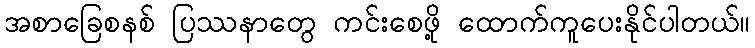
အစာခြေစနစ် ပြဿနာတွေ ကင်းစေဖို့ ထောက်ကူပေးနိုင်ပါတယ်။